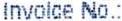
INVOICE NO.: